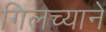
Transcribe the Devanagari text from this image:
गिलच्यानें